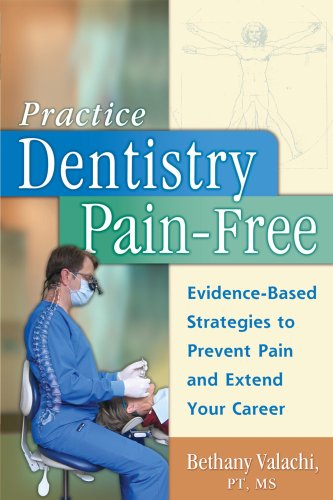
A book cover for Practice Dentistry Pain-Free: Evidence-based Ergonomic Strategies to Prevent Pain and Extend Your Career; Bethany Valachi; Medical Books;